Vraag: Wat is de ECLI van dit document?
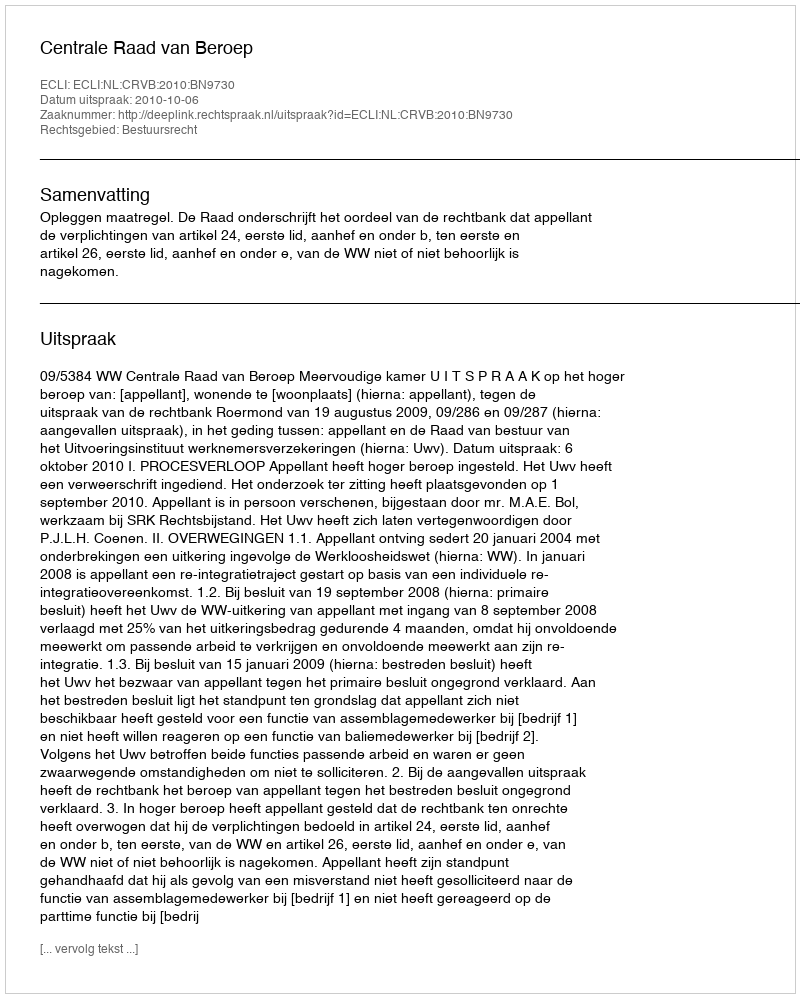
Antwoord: ECLI:NL:CRVB:2010:BN9730